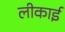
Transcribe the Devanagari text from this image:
लीकाई